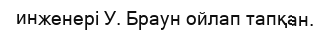
инженері У. Браун ойлап тапқан.